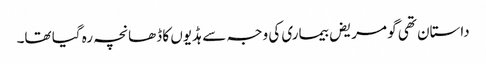
داستان تھی گو مریض بیماری کی وجہ سے ہڈیوں کا ڈھانچہ رہ گیا تھا۔